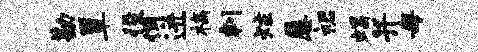
勘簟役惆迸槁判炷屡裙蝎并母